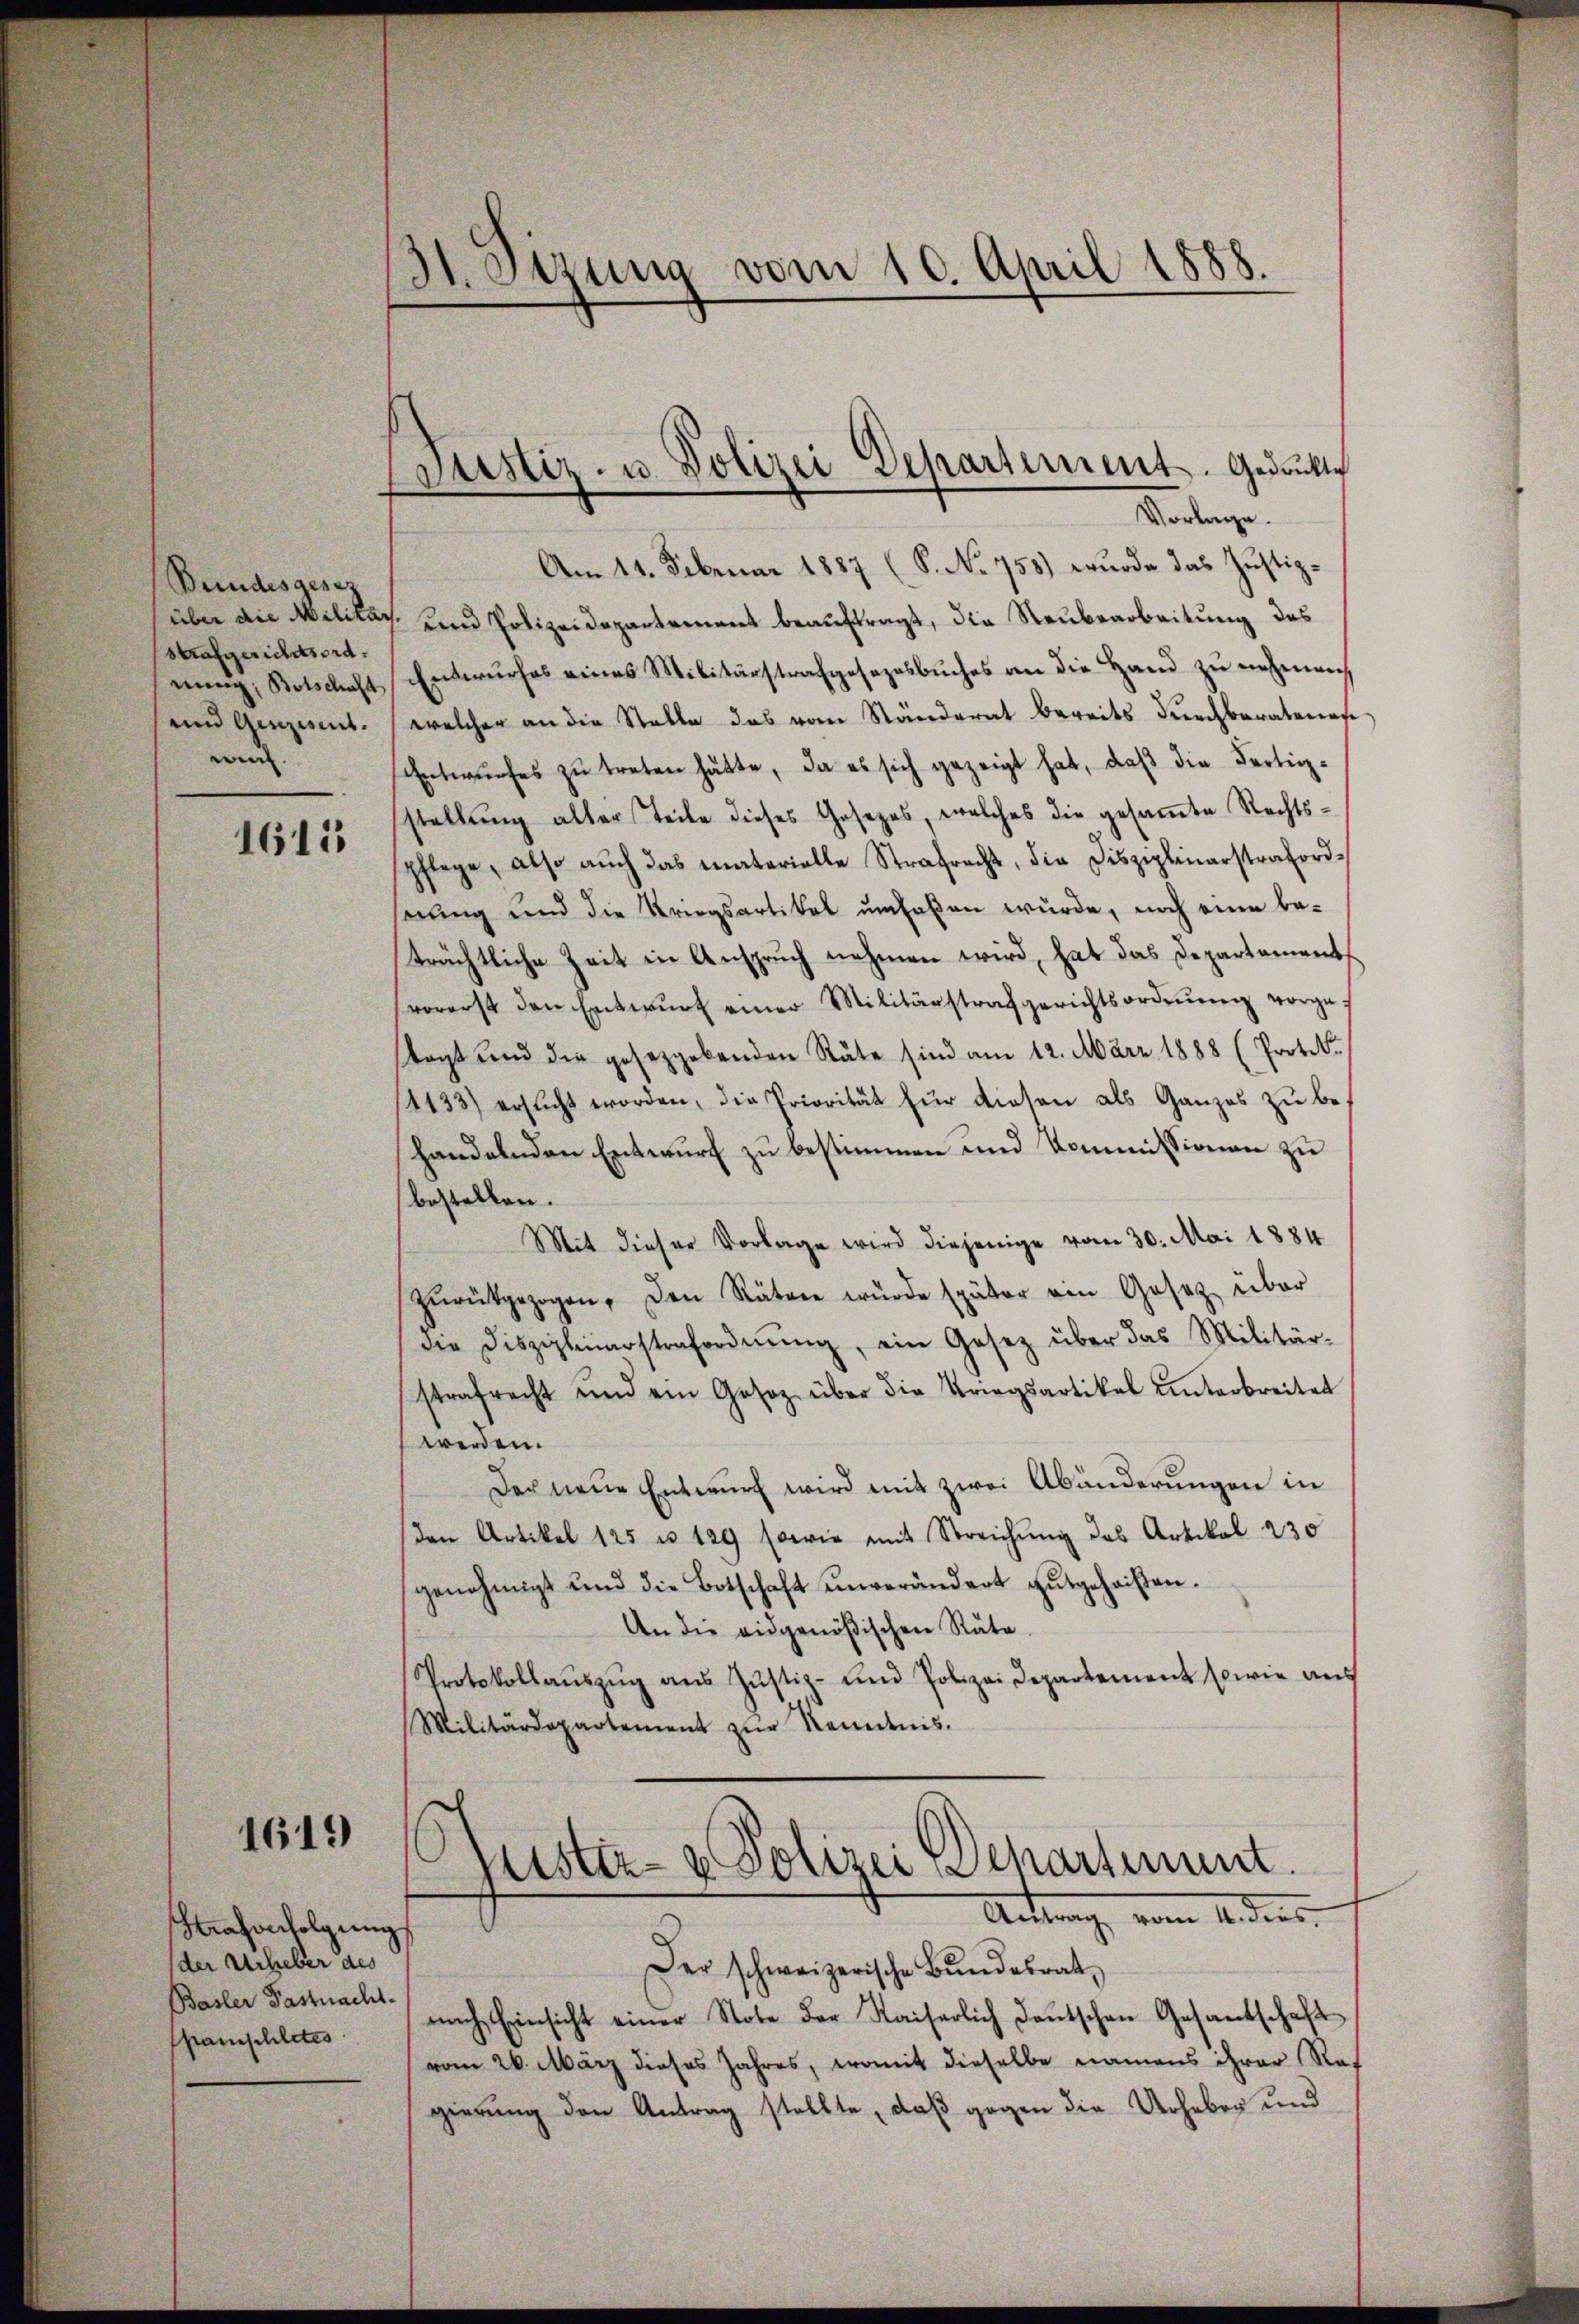
Bundesgesez
über die Militar
Strafgerichtsord.
nung, Botschaft
und Gesezesent.
wird. |

1615

1619

Hahonfolgung
der Urheber des
Basler Pastnacht.
panischletes

3t. Sizung vom 10. April 1888.

Justiz- u. Polizei Departement. Gedruckte
d

Vorlage.
Am 11. Februar 1887 (S. No 758) wurde das Justiz¬
 und Polizeidepartement beauftragt, die Neubearbeitung des
Entwurfes eines Militärstrafgesezesbuches an die Hand zu nehmen,
welcher an die Stelle das vom Ständerat bereits durchberatenese
Entwŭrfes zŭ treten hätte, da es sich gezeigt hat, daß die Fertigstellung aller Teile dieses Gesezes, welches die gesamte Rechtspflege, also auch das materielle Strafrecht, die Disziplinarstrafordserung und die Kriegsartikel umfaßen würde, noch eine be-
trächtliche Zeit in Anspruch nehmen wird, hat das Departements
vorerst den Entwŭrf einer Militärstrafgerichtsordnŭng vorgetagt und die gesetzgebenden Räte sind am 12. März 1888 (Protok
4433) ersŭcht worden, die Priorität für diesen als Ganzes zu behandelnden Entwurf zu bestimmen und Kommissionen zu
bestellen.
Mit dieser Vorlage wird diejenige vom 30. Mai 1884
zŭrückgezogen, den Rätere würde später ein Gesetz über
die Disziplinarstrafordnŭng, ein Gesetz über das Militär-
strafrecht und ein Gesetz über die Kriegsartikel unterbreitet
werden.
Der neue Entwurf wird mit zwei Abänderungen in
den Artikel 125 u. 129 sowie mit Streichŭng des Artikal 230
genehmigt und die Botschaft unverändert gutgeheißen.
An die eidgenößischen Räte.
Protokollaŭszŭg aŭs Justiz- und Polizei Departement sowie aus
Militärdepartement zŭr Renntnis.
Rustiz- & Polizei Departement.
Antrag vom 4. dies
Der schweizerische Bŭndesrat
nach Einsicht einer Note der Kaiserlich deutschen Gesantschaft
vom 26. März dieses Jahres, womit dieselbe namens ihrer Rat
gierung den Antrag stellte, daß gegen die Urheben und